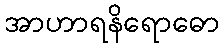
အာဟာရနိရောဓော